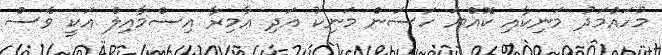
މުހައްމަދު މަނިކާއި ކޮއްޔަ ހަސަން މަނިކު އަދި އާމިރާ އިސްމާއިލް އަކީ ވެސް